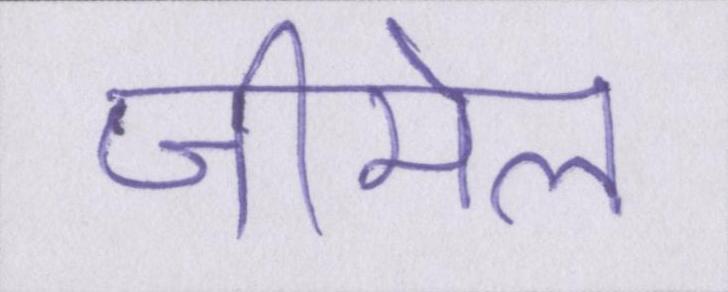
जीमेल